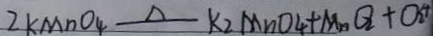
2 k M n O _ { 4 } \Delta k _ { 2 } M n O _ { 4 } + M n O _ { 2 } + O _ { 2 } \uparrow